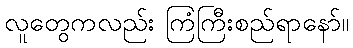
လူတွေကလည်း ကြံကြီးစည်ရာနော်။